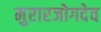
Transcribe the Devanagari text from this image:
मुरारजोगदेव